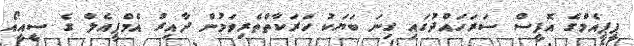
ޕީޕީއެމްގެ އޮފީސް ސަރަހައްދުގައި ގިނަ ބަޔަކު ހަރަކާތްތެރިވަމުން ދާއިރު އެމްޕީއެލް ގެ ސީއީއޯ